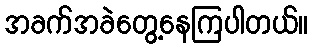
အခက်အခဲတွေ့နေကြပါတယ်။